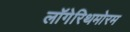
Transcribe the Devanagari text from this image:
लॉगेरिथमोरम